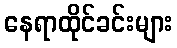
နေရာထိုင်ခင်းများ